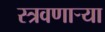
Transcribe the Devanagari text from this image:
स्त्रवणार्‍या